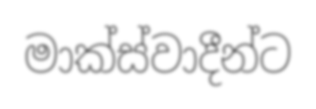
මාක්ස්වාදීන්ට